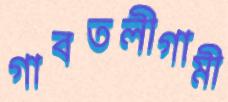
গাবতলীগামী